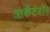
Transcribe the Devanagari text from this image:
आर्केंटेरॉन